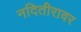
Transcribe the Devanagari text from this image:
नदितीरावर